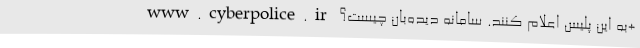
www.cyberpolice.ir به این پلیس اعلام کنند. سامانه دیده‌بان چیست؟+